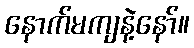
နောက်မကျနဲ့နော်။